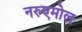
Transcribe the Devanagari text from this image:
नरुएमोल